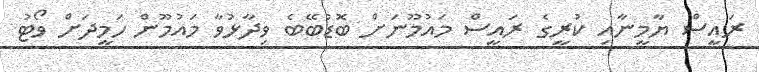
ރައީސް ޔާމީނާއި ކުރީގެ ރައީސް މައުމޫނަށް ބޮޑުބޭބެ ވިދާޅުވާ މައުމޫން ހަމީދަށް ވޯޓު